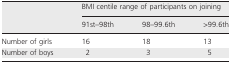
<table><thead><tr><td></td><td colspan="3"><b>BMI centile range of participants on joining</b></td></tr><tr><td></td><td><b>91st–98th</b></td><td><b>98–99.6th</b></td><td><b>&gt;99.6th</b></td></tr></thead><tbody><tr><td>Number of girls</td><td>16</td><td>18</td><td>13</td></tr><tr><td>Number of boys</td><td>2</td><td>3</td><td>5</td></tr></tbody></table>